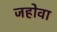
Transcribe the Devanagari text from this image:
जहोवा